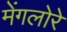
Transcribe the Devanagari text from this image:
मेंगलोरे